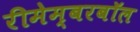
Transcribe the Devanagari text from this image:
रीमेम्बरबॉल